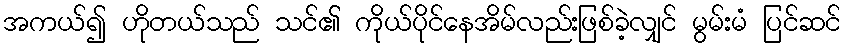
အကယ်၍ ဟိုတယ်သည် သင်၏ ကိုယ်ပိုင်နေအိမ်လည်းဖြစ်ခဲ့လျှင် မွမ်းမံ ပြင်ဆင်